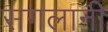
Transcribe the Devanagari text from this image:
सगलानी